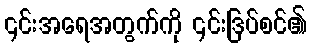
၎င်းအရေအတွက်ကို ၎င်းဒြပ်စင်၏